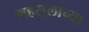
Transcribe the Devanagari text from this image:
महसुलाच्या